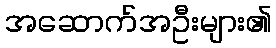
အဆောက်အဦးများ၏